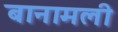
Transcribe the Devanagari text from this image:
बानामली